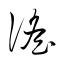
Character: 謠